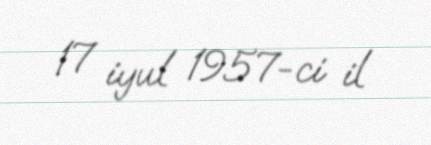
17 iyul 1957-ci il